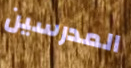
المدرسين